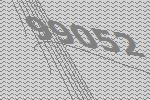
99052